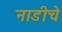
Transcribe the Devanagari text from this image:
नाडीचे